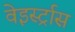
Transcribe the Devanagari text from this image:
वेइर्स्ट्रास